Report on the working of the mental hospitals for Indians in Bihar and Orissa - 1925-1929
Year: 1925
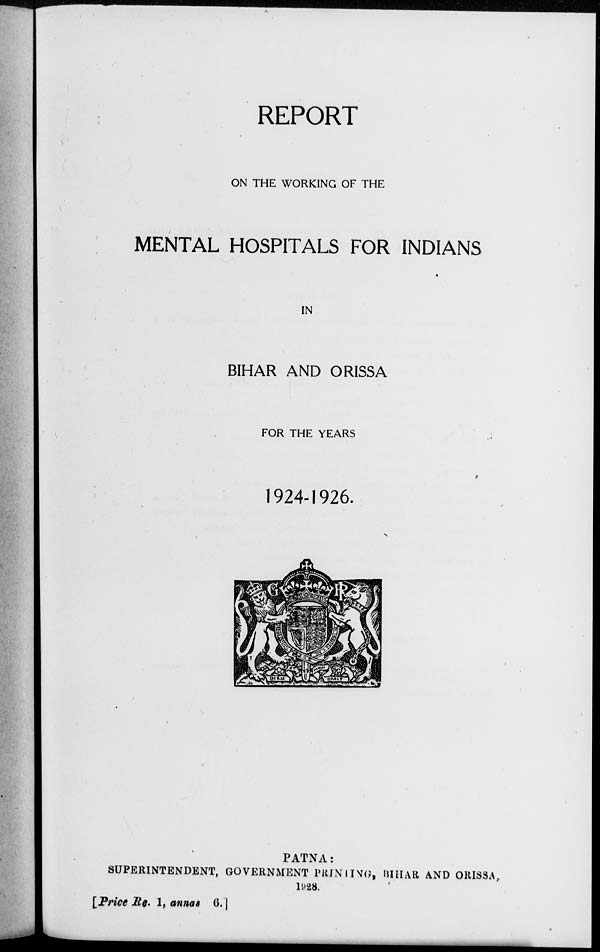
REPORT
ON THE WORKING OF THE
MENTAL HOSPITALS FOR INDIANS
IN
BIHAR AND ORISSA
FOR THE YEARS
1924-1926.
PATNA:
SUPERINTENDENT, GOVERNMENT PRINTING, BIHAR AND ORISSA,
1928.
[Price Re. 1, annas 6. ]